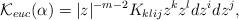
LaTeX: \begin{align*} \mathcal{K}_{euc}(\alpha) = |z|^{-m-2} K_{klij} z^k z^l dz^i dz^j,\end{align*}